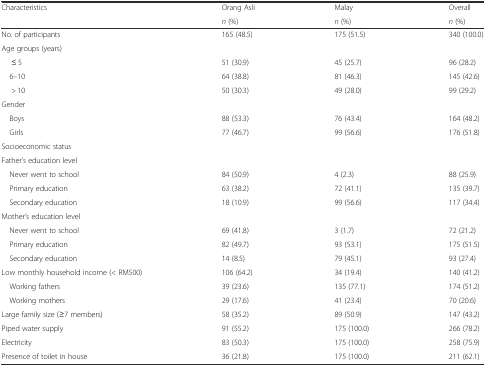
<table><thead><tr><td rowspan="2"><b>Characteristics</b></td><td><b>Orang Asli</b></td><td><b>Malay</b></td><td><b>Overall</b></td></tr><tr><td><b><i>n</i> (%)</b></td><td><b><i>n</i> (%)</b></td><td><b><i>n</i> (%)</b></td></tr></thead><tbody><tr><td>No. of participants</td><td>165 (48.5)</td><td>175 (51.5)</td><td>340 (100.0)</td></tr><tr><td colspan="4">Age groups (years)</td></tr><tr><td>≤ 5</td><td>51 (30.9)</td><td>45 (25.7)</td><td>96 (28.2)</td></tr><tr><td> 6–10</td><td>64 (38.8)</td><td>81 (46.3)</td><td>145 (42.6)</td></tr><tr><td>&gt; 10</td><td>50 (30.3)</td><td>49 (28.0)</td><td>99 (29.2)</td></tr><tr><td colspan="4">Gender</td></tr><tr><td> Boys</td><td>88 (53.3)</td><td>76 (43.4)</td><td>164 (48.2)</td></tr><tr><td> Girls</td><td>77 (46.7)</td><td>99 (56.6)</td><td>176 (51.8)</td></tr><tr><td colspan="4">Socioeconomic status</td></tr><tr><td colspan="4">Father’s education level</td></tr><tr><td> Never went to school</td><td>84 (50.9)</td><td>4 (2.3)</td><td>88 (25.9)</td></tr><tr><td> Primary education</td><td>63 (38.2)</td><td>72 (41.1)</td><td>135 (39.7)</td></tr><tr><td> Secondary education</td><td>18 (10.9)</td><td>99 (56.6)</td><td>117 (34.4)</td></tr><tr><td colspan="4">Mother’s education level</td></tr><tr><td> Never went to school</td><td>69 (41.8)</td><td>3 (1.7)</td><td>72 (21.2)</td></tr><tr><td> Primary education</td><td>82 (49.7)</td><td>93 (53.1)</td><td>175 (51.5)</td></tr><tr><td> Secondary education</td><td>14 (8.5)</td><td>79 (45.1)</td><td>93 (27.4)</td></tr><tr><td>Low monthly household income (&lt; RM500)</td><td>106 (64.2)</td><td>34 (19.4)</td><td>140 (41.2)</td></tr><tr><td> Working fathers</td><td>39 (23.6)</td><td>135 (77.1)</td><td>174 (51.2)</td></tr><tr><td> Working mothers</td><td>29 (17.6)</td><td>41 (23.4)</td><td>70 (20.6)</td></tr><tr><td>Large family size (≥7 members)</td><td>58 (35.2)</td><td>89 (50.9)</td><td>147 (43.2)</td></tr><tr><td>Piped water supply</td><td>91 (55.2)</td><td>175 (100.0)</td><td>266 (78.2)</td></tr><tr><td>Electricity</td><td>83 (50.3)</td><td>175 (100.0)</td><td>258 (75.9)</td></tr><tr><td>Presence of toilet in house</td><td>36 (21.8)</td><td>175 (100.0)</td><td>211 (62.1)</td></tr></tbody></table>